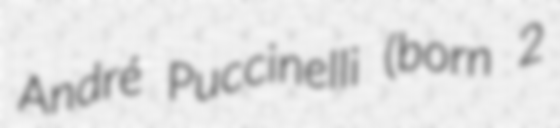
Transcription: André Puccinelli (born 2